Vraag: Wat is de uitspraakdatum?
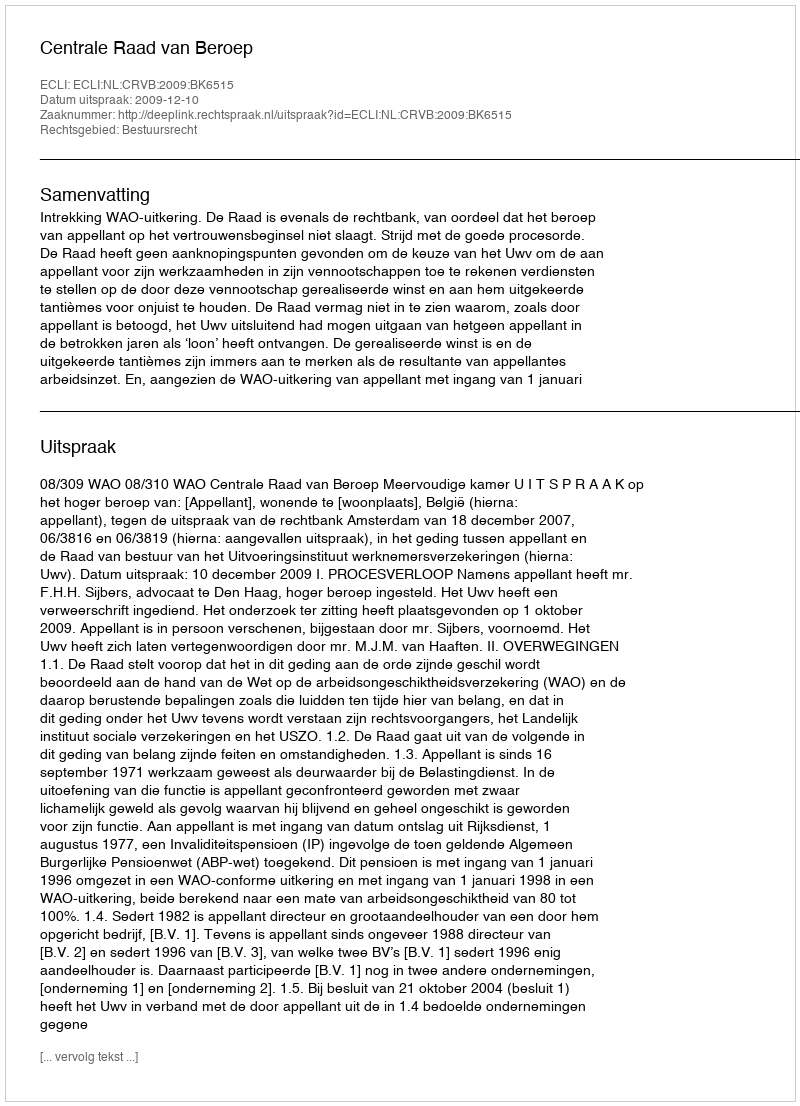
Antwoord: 2009-12-10